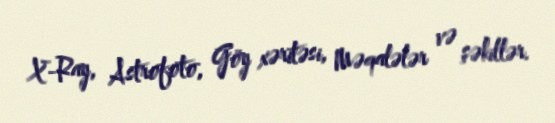
X-Ray, Astrofoto, Göy xəritəsi, Məqalələr və şəkillər.